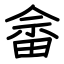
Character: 畲